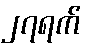
၂၇ရက်